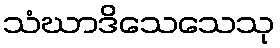
သံဃာဒိသေသေသု